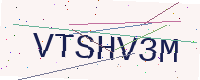
Text: VTSHV3M